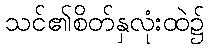
သင်၏စိတ်နှလုံးထဲ၌